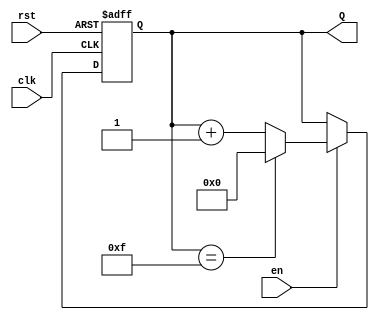
module binary_up_counter #(
    parameter N = 4 // Parameter to define the number of bits (default is 4 bits)
)(
    input wire clk,     // Clock signal
    input wire rst,     // Asynchronous reset
    input wire en,      // Enable signal
    output reg [N-1:0] Q // n-bit output for the counter
);

    // Always block triggered on the rising edge of the clock
    always @(posedge clk or posedge rst) begin
        if (rst) begin
            // Asynchronous reset: set count to 0
            Q <= 0;
        end else if (en) begin
            // Increment the counter if enabled
            if (Q == (2**N - 1)) begin
                // Wrap around if maximum value is reached
                Q <= 0;
            end else begin
                Q <= Q + 1;
            end
        end
        // If enable is low, retain the current value of Q
    end

endmodule